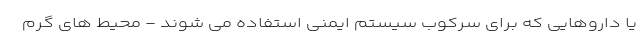
یا داروهایی که برای سرکوب سیستم ایمنی استفاده می شوند - محیط های گرم